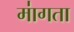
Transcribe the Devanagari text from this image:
मा॑गता